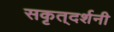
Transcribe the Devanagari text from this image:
सकृत्‌दर्शनी